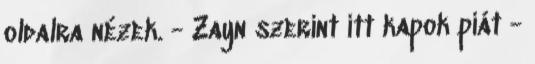
oldalra nézek. - Zayn szerint itt kapok piát -